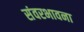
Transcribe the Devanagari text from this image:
संवरभावना